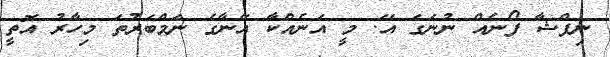
ނިފްޝާ ފޯނެއް ނުނަގަ އޭ. މީ އަނެއްކާ އޭނާގެ ނަމްބަރުތަ މިހާރު އޮތީ